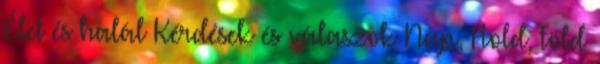
Élet és halál Kérdések és válaszok Nap, Hold, Föld